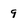
Character: 9